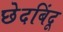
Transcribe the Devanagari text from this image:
छेदबिंदू